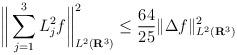
LaTeX: \begin{align*} \bigg\| \sum_{j=1}^3 L_j^2f \bigg\|_{L^2(\mathbf{R}^3)}^2 \leq \frac{64}{25} \|\Delta f\|^{2}_{L^2(\mathbf{R}^3)}\end{align*}